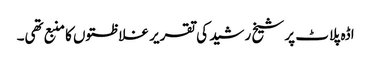
اڈہ پلاٹ پر شیخ رشید کی تقریر غلاظتوں کا منبع تھی۔